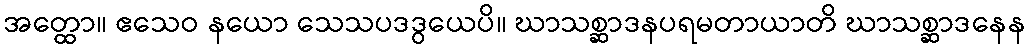
အတ္ထော။ ဧသေဝ နယော သေသပဒဒွယေပိ။ ဃာသစ္ဆာဒနပရမတာယာတိ ဃာသစ္ဆာဒနေန